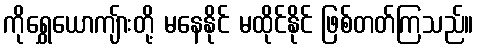
ကိုရွှေယောကျ်ားတို့ မနေနိုင် မထိုင်နိုင် ဖြစ်တတ်ကြသည်။